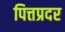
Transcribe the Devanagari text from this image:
पित्तप्रदर